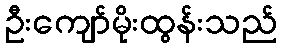
ဦးကျော်မိုးထွန်းသည်